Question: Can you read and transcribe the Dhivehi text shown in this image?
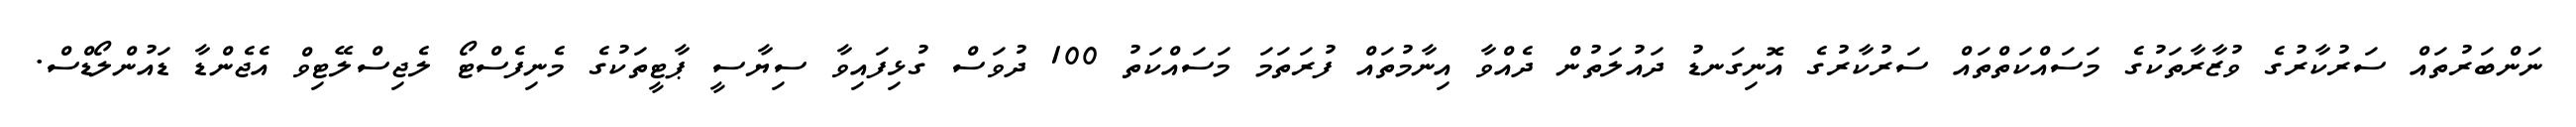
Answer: ނަންބަރުތައް ސަރުކާރުގެ ވުޒާރާތަކުގެ މަސައްކަތްތައް ސަރުކާރުގެ އޮނިގަނޑު ދައުލަތުން ދެއްވާ އިނާމުތައް ފުރަތަމަ މަސައްކަތު 100 ދުވަސް ގުޅިފައިވާ ސިޔާސީ ޕާޓީތަކުގެ މެނިފެސްޓޯ ލެޖިސްލޭޓިވް އެޖެންޑާ ޑައުންލޯޑްސް.